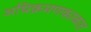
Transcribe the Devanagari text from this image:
अधिक्रमणकाळात